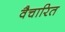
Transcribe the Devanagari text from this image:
वैचारित